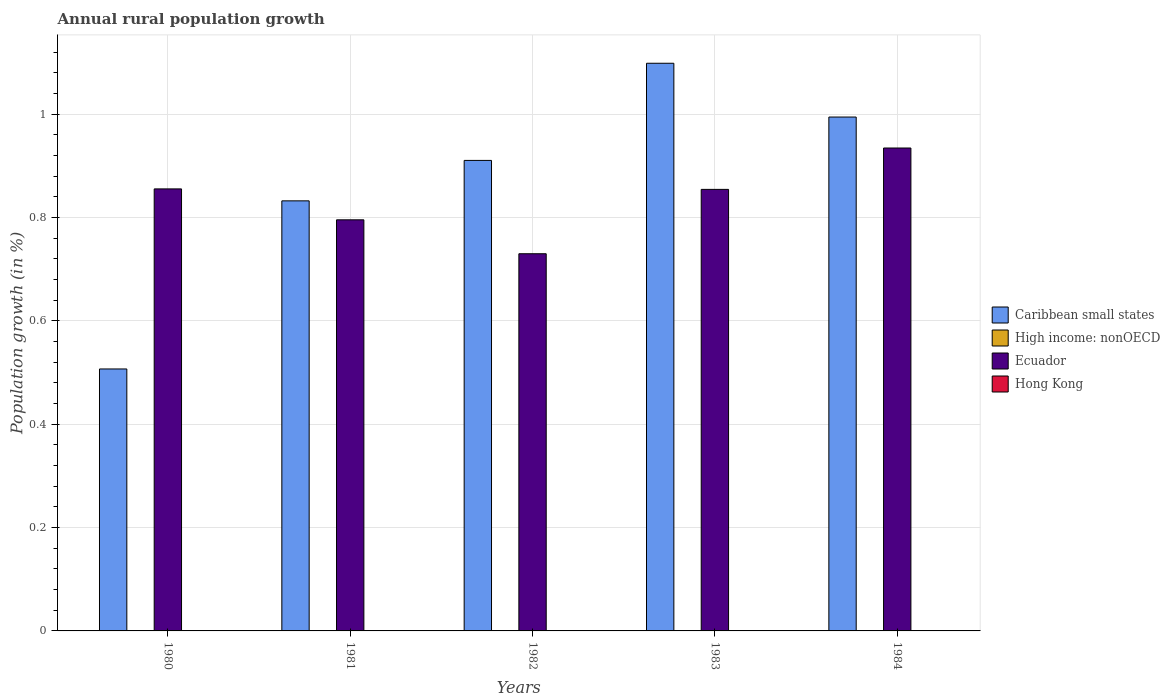
| Years | Caribbean small states | High income: nonOECD | Ecuador | Hong Kong |
 | --- | --- | --- | --- | --- |
 | 1980 | 0.507 | -0.6 | 0.856 | -1.16 |
 | 1981 | 0.832 | -0.744 | 0.796 | -1.43 |
 | 1982 | 0.911 | -0.718 | 0.73 | -2.12 |
 | 1983 | 1.1 | -0.725 | 0.855 | -2.16 |
 | 1984 | 0.995 | -0.648 | 0.935 | -2.72 |